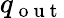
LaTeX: q_{\mathrm{~o~u~t~}}